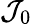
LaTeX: \mathcal{J}_{0}